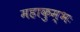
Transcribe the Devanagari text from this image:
महाकुम्भः